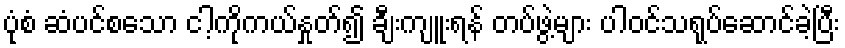
ပုံစံ ဆံပင်စသော ငါ့ကိုကယ်နှုတ်၍ ချီးကျူးရန် တပ်ဖွဲ့များ ပါဝင်သရုပ်ဆောင်ခဲ့ပြီး